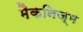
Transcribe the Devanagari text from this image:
मैकनिज्म